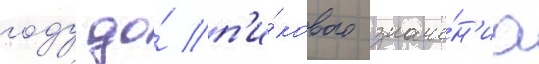
году до́ п'и́кового значе́н'иа